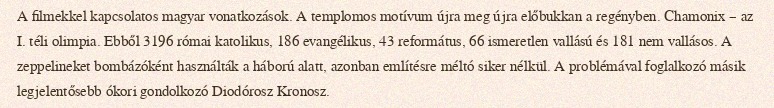
A filmekkel kapcsolatos magyar vonatkozások. A templomos motívum újra meg újra előbukkan a regényben. Chamonix – az I. téli olimpia. Ebből 3196 római katolikus, 186 evangélikus, 43 református, 66 ismeretlen vallású és 181 nem vallásos. A zeppelineket bombázóként használták a háború alatt, azonban említésre méltó siker nélkül. A problémával foglalkozó másik legjelentősebb ókori gondolkozó Diodórosz Kronosz.